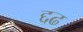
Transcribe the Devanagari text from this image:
द्दढ